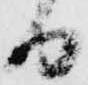
日